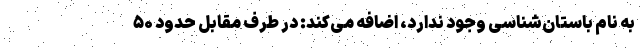
به نام باستان‌شناسی وجود ندارد، اضافه می‌کند: در طرف مقابل حدود ۵۰